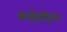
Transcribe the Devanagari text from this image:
मरोड़ीदार